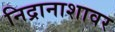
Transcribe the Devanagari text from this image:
निद्रानाशावर